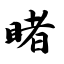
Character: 睹